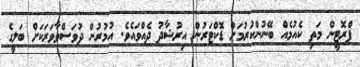
ޕްރޮޓީން މަތި ކެއުމެއް ބޭނުންކުރުމަށް ޑޮކްޓަރުން އިރުޝާދު ދެއްވައެވެ. އުމުރުން ދުވަސްވާވަރަކަށް ބަލީގެ